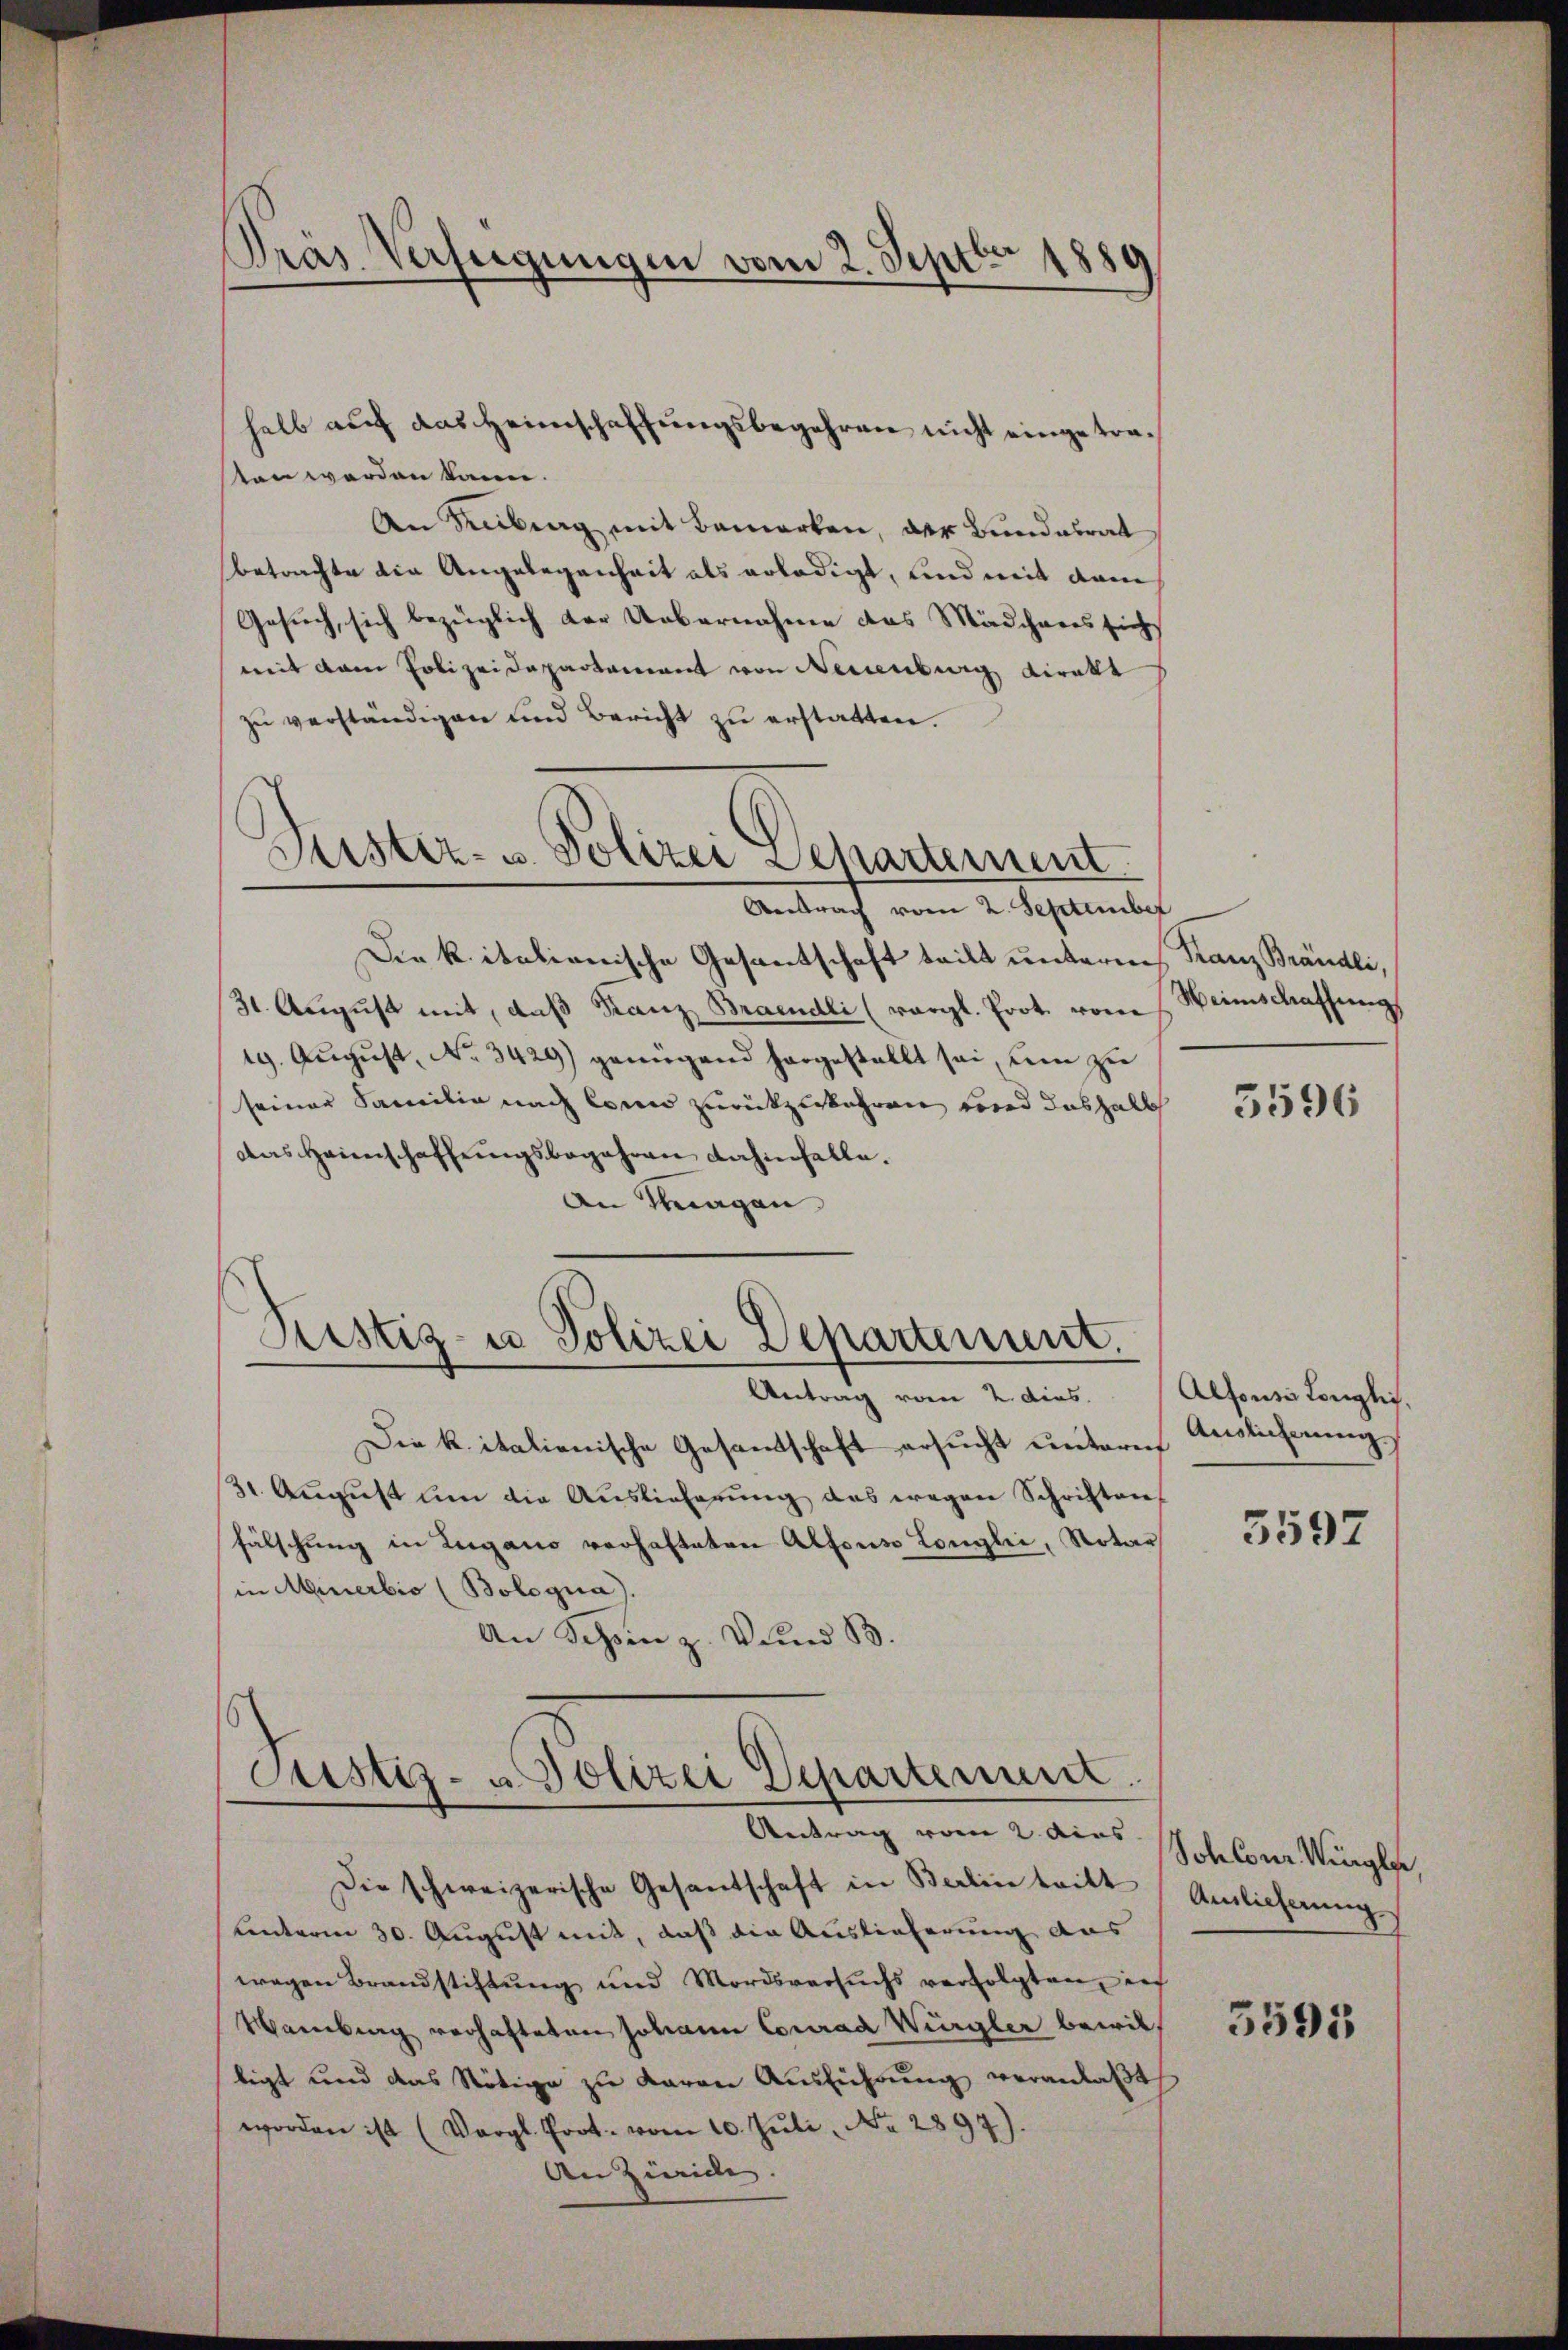
Prás Verfügungen vom 2. Septbr 1880

ten werden kann.
An Rubeng mit Bemerken, der Bundesrat
betrachte die Angelegenheit als erledigt, und weit dem
Gesuch, sich bezüglich der Uebernahme das Mädchenes sich
mit dem Polizeidepartement von Neuenburg direkt
zŭ verständigen und Bericht zŭ erstatten.
Antrag vom 2. September
Die k. italienische Gesantschaft teilt unterm
31. August mit, daß Stanz Braendli (vergl. Prot. von
19. August, No. 3429) genügend hargestellt sei, um zu
seiner Familie nach Conn zurückzukehren und deshalb
das Heimschaffŭngsbegehren dahinfelle.
An Tagen
Pristig- u Polizei Departement.
Antrag vom 2. dies
Die k. italienische Gesandtschaft ersucht untern
31. Aŭgŭst ŭm die Auslieferŭng das wegen Schriften
fälschung in Zugano verhafteten Alfonso Longli, Notar
in Minerbis (Bologna).
An Schinz. Vund B

halb auf das Heimschaffungsbegehren nicht eingetra¬

Sistiz- u. Polizei Departement

Justiz- u Polizei Departement.

Antrag vom 2. dies Schleur Migle,
Die schweizerische Gesandschaft in Berlin tritt (Amlicherŭng
unterm 30. August mit, daß die Auslieferung aus
wegen Brandstiftung und Mordsversuchs verfolgten, in
Wabig verhafteten Johann Conrad Würgler bewiltigt und das Nötige zu Baron Ausführung veranlaßt
worden ist (Vergl. Prot. vom 10. Jŭli No 2897).
An Zürich.

Stanz Brändli,
Weinschaffung

3596

Alfons Königlich.
Auslicherung

5597

3595